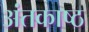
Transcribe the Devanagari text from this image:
अंतकाष्ठ